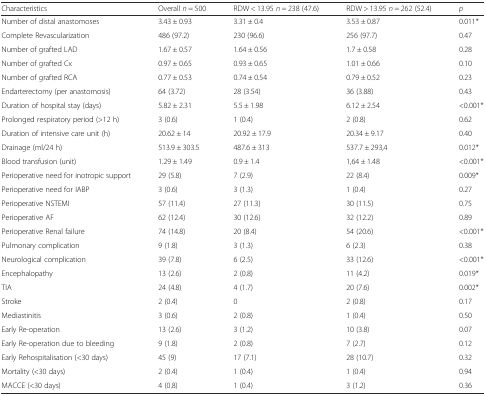
<table><thead><tr><td><b>Characteristics</b></td><td><b>Overall <i>n</i> = 500</b></td><td><b>RDW &lt; 13.95 <i>n</i> = 238 (47.6)</b></td><td><b>RDW &gt; 13.95 <i>n</i> = 262 (52.4)</b></td><td><b><i>p</i></b></td></tr></thead><tbody><tr><td>Number of distal anastomoses</td><td>3.43 ± 0.93</td><td>3.31 ± 0.4</td><td>3.53 ± 0.87</td><td>0.011*</td></tr><tr><td>Complete Revascularization</td><td>486 (97.2)</td><td>230 (96.6)</td><td>256 (97.7)</td><td>0.47</td></tr><tr><td>Number of grafted LAD</td><td>1.67 ± 0.57</td><td>1.64 ± 0.56</td><td>1.7 ± 0.58</td><td>0.28</td></tr><tr><td>Number of grafted Cx</td><td>0.97 ± 0.65</td><td>0.93 ± 0.65</td><td>1.01 ± 0.66</td><td>0.10</td></tr><tr><td>Number of grafted RCA</td><td>0.77 ± 0.53</td><td>0.74 ± 0.54</td><td>0.79 ± 0.52</td><td>0.23</td></tr><tr><td>Endarterectomy (per anastomosis)</td><td>64 (3.72)</td><td>28 (3.54)</td><td>36 (3.88)</td><td>0.43</td></tr><tr><td>Duration of hospital stay (days)</td><td>5.82 ± 2.31</td><td>5.5 ± 1.98</td><td>6.12 ± 2.54</td><td>&lt;0.001*</td></tr><tr><td>Prolonged respiratory period (&gt;12 h)</td><td>3 (0.6)</td><td>1 (0.4)</td><td>2 (0.8)</td><td>0.62</td></tr><tr><td>Duration of intensive care unit (h)</td><td>20.62 ± 14</td><td>20.92 ± 17.9</td><td>20.34 ± 9.17</td><td>0.40</td></tr><tr><td>Drainage (ml/24 h)</td><td>513.9 ± 303.5</td><td>487.6 ± 313</td><td>537.7 ± 293,4</td><td>0.012*</td></tr><tr><td>Blood transfusion (unit)</td><td>1.29 ± 1.49</td><td>0.9 ± 1.4</td><td>1,64 ± 1.48</td><td>&lt;0.001*</td></tr><tr><td>Perioperative need for inotropic support</td><td>29 (5.8)</td><td>7 (2.9)</td><td>22 (8.4)</td><td>0.009*</td></tr><tr><td>Perioperative need for IABP</td><td>3 (0.6)</td><td>3 (1.3)</td><td>1 (0.4)</td><td>0.27</td></tr><tr><td>Perioperative NSTEMI</td><td>57 (11.4)</td><td>27 (11.3)</td><td>30 (11.5)</td><td>0.75</td></tr><tr><td>Perioperative AF</td><td>62 (12.4)</td><td>30 (12.6)</td><td>32 (12.2)</td><td>0.89</td></tr><tr><td>Perioperative Renal failure</td><td>74 (14.8)</td><td>20 (8.4)</td><td>54 (20.6)</td><td>&lt;0.001*</td></tr><tr><td>Pulmonary complication</td><td>9 (1.8)</td><td>3 (1.3)</td><td>6 (2.3)</td><td>0.38</td></tr><tr><td>Neurological complication</td><td>39 (7.8)</td><td>6 (2.5)</td><td>33 (12.6)</td><td>&lt;0.001*</td></tr><tr><td>Encephalopathy</td><td>13 (2.6)</td><td>2 (0.8)</td><td>11 (4.2)</td><td>0.019*</td></tr><tr><td>TIA</td><td>24 (4.8)</td><td>4 (1.7)</td><td>20 (7.6)</td><td>0.002*</td></tr><tr><td>Stroke</td><td>2 (0.4)</td><td>0</td><td>2 (0.8)</td><td>0.17</td></tr><tr><td>Mediastinitis</td><td>3 (0.6)</td><td>2 (0.8)</td><td>1 (0.4)</td><td>0.50</td></tr><tr><td>Early Re-operation</td><td>13 (2.6)</td><td>3 (1.2)</td><td>10 (3.8)</td><td>0.07</td></tr><tr><td>Early Re-operation due to bleeding</td><td>9 (1.8)</td><td>2 (0.8)</td><td>7 (2.7)</td><td>0.12</td></tr><tr><td>Early Rehospitalisation (&lt;30 days)</td><td>45 (9)</td><td>17 (7.1)</td><td>28 (10.7)</td><td>0.32</td></tr><tr><td>Mortality (&lt;30 days)</td><td>2 (0.4)</td><td>1 (0.4)</td><td>1 (0.4)</td><td>0.94</td></tr><tr><td>MACCE (&lt;30 days)</td><td>4 (0.8)</td><td>1 (0.4)</td><td>3 (1.2)</td><td>0.36</td></tr></tbody></table>